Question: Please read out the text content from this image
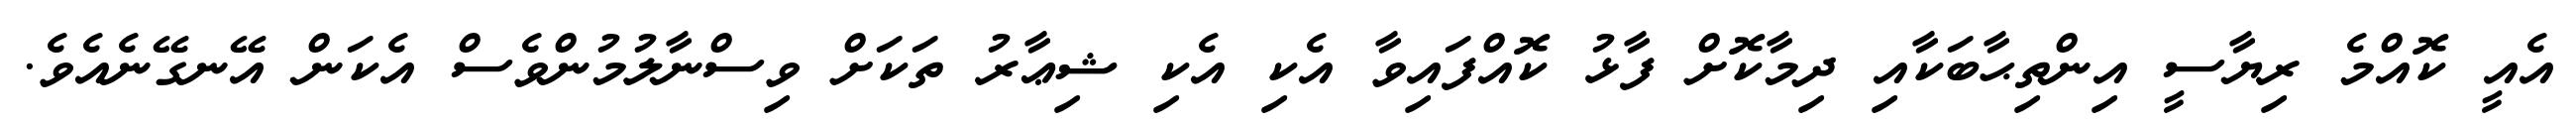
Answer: އެއީ ކޮއްމެ ރިޔާސީ އިންތިޙާބަކާއި ދިމާކޮށް ފާޅު ކޮއްފައިވާ އެކި އެކި ޝިޢާރު ތަކަށް ވިސްނާލުމުންވެސް އެކަން އޭނގޭނެއެވެ.